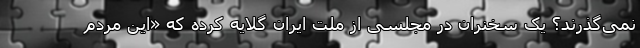
نمی‌گذرند؟ یک سخنران در مجلسی از ملت ایران گلایه کرده که «این مردم